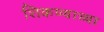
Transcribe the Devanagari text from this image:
शिकण्याच्‍या